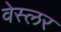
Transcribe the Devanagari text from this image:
वेस्लर